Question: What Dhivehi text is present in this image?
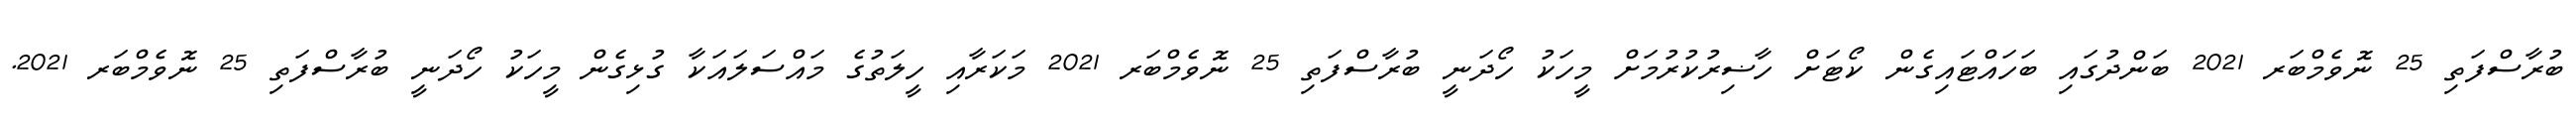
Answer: ބުރާސްފަތި 25 ނޮވެމްބަރ 2021 ބަންދުގައި ބަހައްޓައިގެން ކޯޓަށް ހާޟިރުކުރުމަށް މީހަކު ހޯދަނީ ބުރާސްފަތި 25 ނޮވެމްބަރ 2021 މަކަރާއި ހީލަތުގެ މައްސަލައަކާ ގުޅިގެން މީހަކު ހޯދަނީ ބުރާސްފަތި 25 ނޮވެމްބަރ 2021.